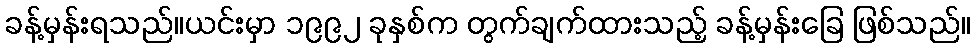
ခန့်မှန်းရသည်။ယင်းမှာ ၁၉၉၂ ခုနှစ်က တွက်ချက်ထားသည့် ခန့်မှန်းခြေ ဖြစ်သည်။